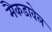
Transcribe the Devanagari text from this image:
मैकडावेल